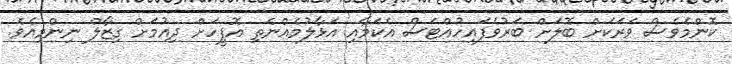
ކޮންމެވެސް ވަރަކަށް ބޮލަށް ބަރުވެފައިހުއްޓަސް އެކަމާއި އަޅާލުމެއްނެތި އޮފީހަށް ދިއުމަށް ގިޒާލް ނިންމިއެވެ.